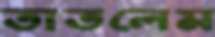
তাতলেম